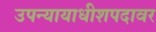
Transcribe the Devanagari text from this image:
उपन्यायाधीशपदावर